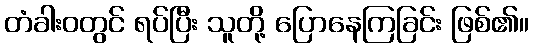
တံခါးဝတွင် ရပ်ပြီး သူတို့ ပြောနေကြခြင်း ဖြစ်၏။